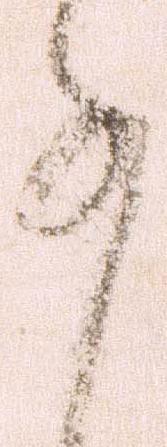
事